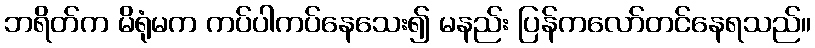
ဘရိတ်က မိရုံမက ကပ်ပါကပ်နေသေး၍ မနည်း ပြန်ကလော်တင်နေရသည်။